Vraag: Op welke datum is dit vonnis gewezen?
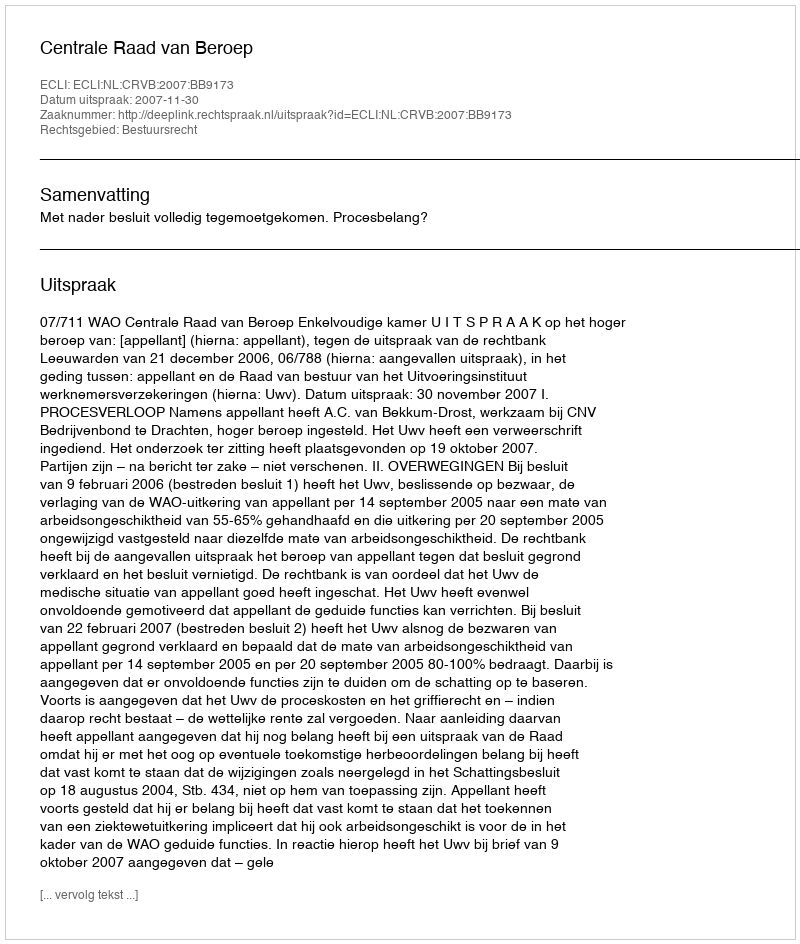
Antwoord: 2007-11-30